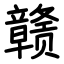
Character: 赣